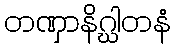
တဏှာနိဂ္ဃါတနံ